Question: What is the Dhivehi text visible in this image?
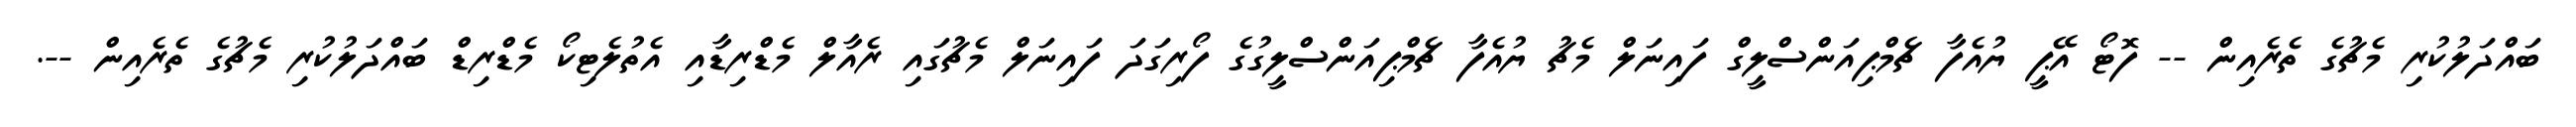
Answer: ބައްދަލުކުރި މެޗުގެ ތެރެއިން -- ފޮޓޯ އޭޕީ ޔުއެފާ ޗެމްޕިއަންސްލީގް ފައިނަލް މެޗު ޔުއެފާ ޗެމްޕިއަންސްލީގުގެ ފޯރިގަދަ ފައިނަލް މެޗުގައި ރެއާލް މެޑްރިޑާއި އެތުލެޓިކޯ މެޑްރިޑް ބައްދަލުކުރި މެޗުގެ ތެރެއިން --.